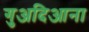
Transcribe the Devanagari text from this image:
गुअदिआना